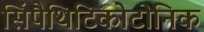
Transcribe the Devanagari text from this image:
सिंपैथिटिकोटोनिक